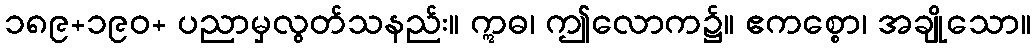
၁၈၉+၁၉၀+ ပညာမှလွတ်သနည်း။ ဣဓ၊ ဤလောက၌။ ဧကစ္စော၊ အချိုသော။